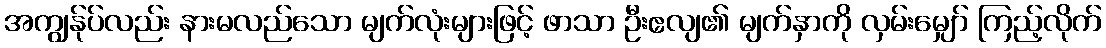
အကျွန်ုပ်လည်း နားမလည်သော မျက်လုံးများဖြင့် ဖာသာ ဦးဧလျ၏ မျက်နှာကို လှမ်းမျှော် ကြည့်လိုက်